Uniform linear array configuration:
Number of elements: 24
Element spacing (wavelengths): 0.75
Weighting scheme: exponential
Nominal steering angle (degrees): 60
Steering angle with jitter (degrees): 60.236
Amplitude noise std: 0.05
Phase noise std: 0.05

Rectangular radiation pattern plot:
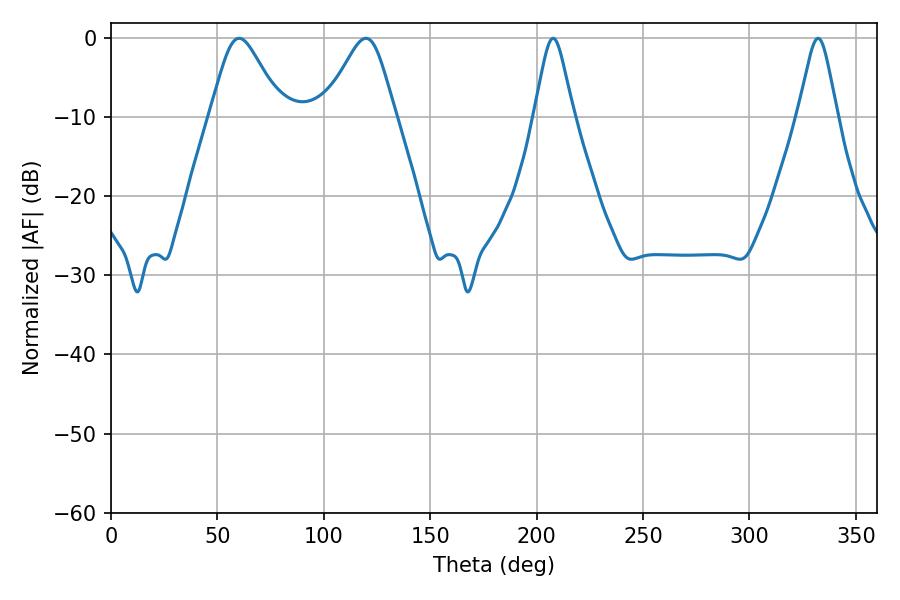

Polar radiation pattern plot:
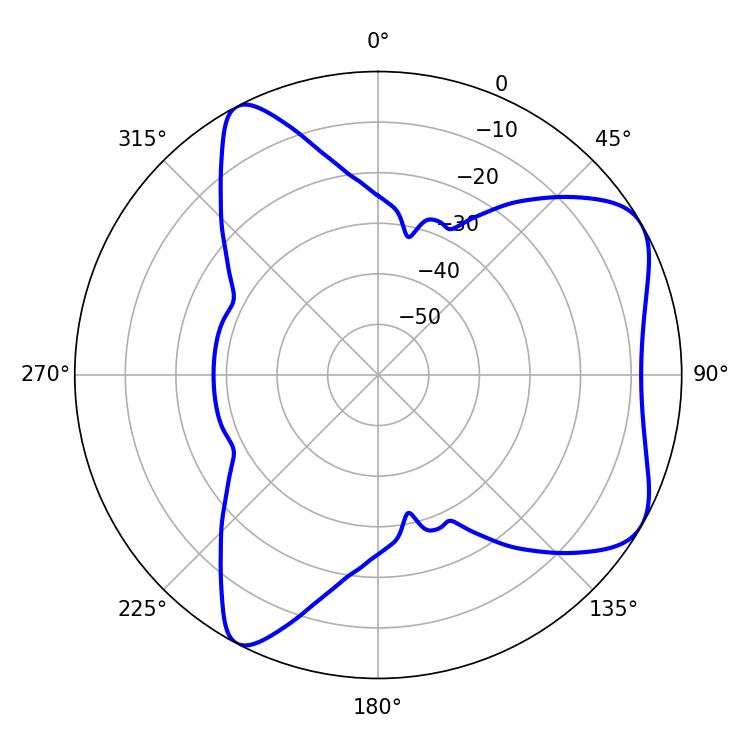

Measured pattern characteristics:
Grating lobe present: TRUE
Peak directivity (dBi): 6.429
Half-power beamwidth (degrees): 8.82
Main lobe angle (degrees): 207.72